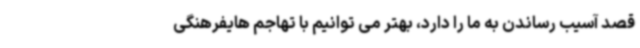
قصد آسیب رساندن به ما را دارد، بهتر می توانیم با تهاجم هایفرهنگی